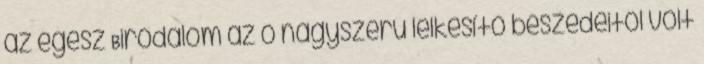
az egész Birodalom az ő nagyszerű lelkesítő beszédeitől volt